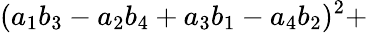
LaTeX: (a_{1}b_{3}-a_{2}b_{4}+a_{3}b_{1}-a_{4}b_{2})^{2}+